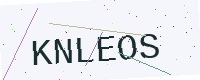
Text: KNLEOS